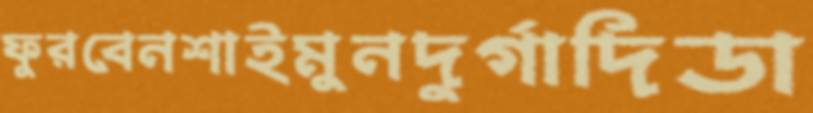
ফুরবেনশাইমুনদুর্গাদিডা